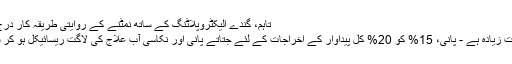
تاہم، گندے الیکٹروپلاٹنگ کے ساتھ نمٹنے کے روایتی طریقہ کار درج ذیل مسائل ہیں:
(1) کی قیمت بہت زیادہ ہے - پانی، 15% کو 20% کل پیداوار کے اخراجات کے لئے جتاتے پانی اور نکاسی آب علاج کی لاگت ریسائیکل ہو کر سکتے ہیں نہیں ۔